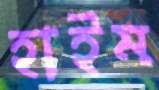
হাইম